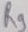
Text: R9